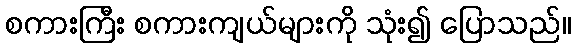
စကားကြီး စကားကျယ်များကို သုံး၍ ပြောသည်။